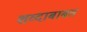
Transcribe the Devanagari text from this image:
शव्दाबाबत